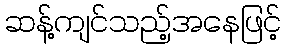
ဆန့်ကျင်သည့်အနေဖြင့်